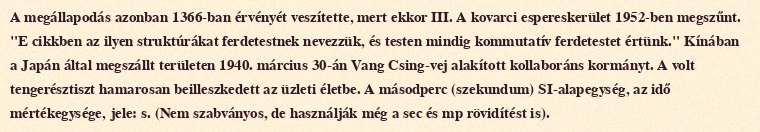
A megállapodás azonban 1366-ban érvényét veszítette, mert ekkor III. A kovarci espereskerület 1952-ben megszűnt. "E cikkben az ilyen struktúrákat ferdetestnek nevezzük, és testen mindig kommutatív ferdetestet értünk." Kínában a Japán által megszállt területen 1940. március 30-án Vang Csing-vej alakított kollaboráns kormányt. A volt tengerésztiszt hamarosan beilleszkedett az üzleti életbe. A másodperc (szekundum) SI-alapegység, az idő mértékegysége, jele: s. (Nem szabványos, de használják még a sec és mp rövidítést is).